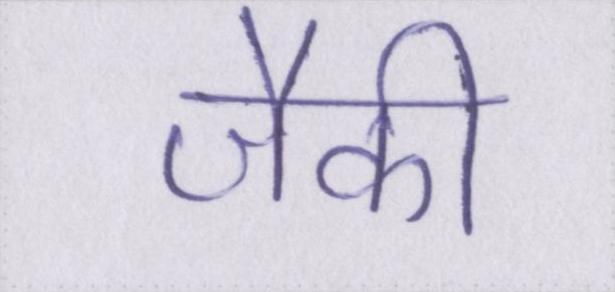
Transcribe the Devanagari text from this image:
जैकी